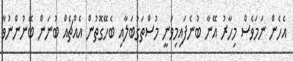
އެހެން ނަމަވެސް މިހާރު އޭނާ ބުނެފައިމިވަނީ މުސްތަގުބަލާއި ބެހޭގޮތުން އެއްޗެއް ބުނަން ބޭނުންނުވާ